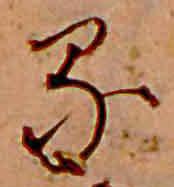
る